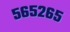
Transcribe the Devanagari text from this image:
५६५२६५